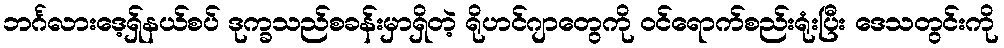
ဘင်္ဂလားဒေ့ရှ်နယ်စပ် ဒုက္ခသည်စခန်းမှာရှိတဲ့ ရိုဟင်ဂျာတွေကို ဝင်ရောက်စည်းရုံးပြီး ဒေသတွင်းကို